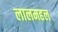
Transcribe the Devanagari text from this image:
लालमहल